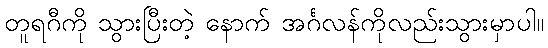
တူရဂီကို သွားပြီးတဲ့ နောက် အင်္ဂလန်ကိုလည်းသွားမှာပါ။